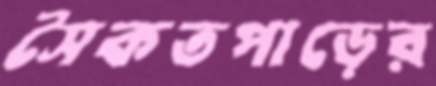
সৈকতপাড়ের